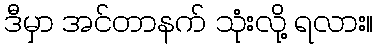
ဒီမှာ အင်တာနက် သုံးလို့ ရလား။